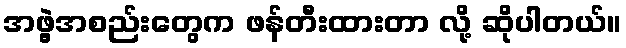
အဖွဲ့အစည်းတွေက ဖန်တီးထားတာ လို့ ဆိုပါတယ်။